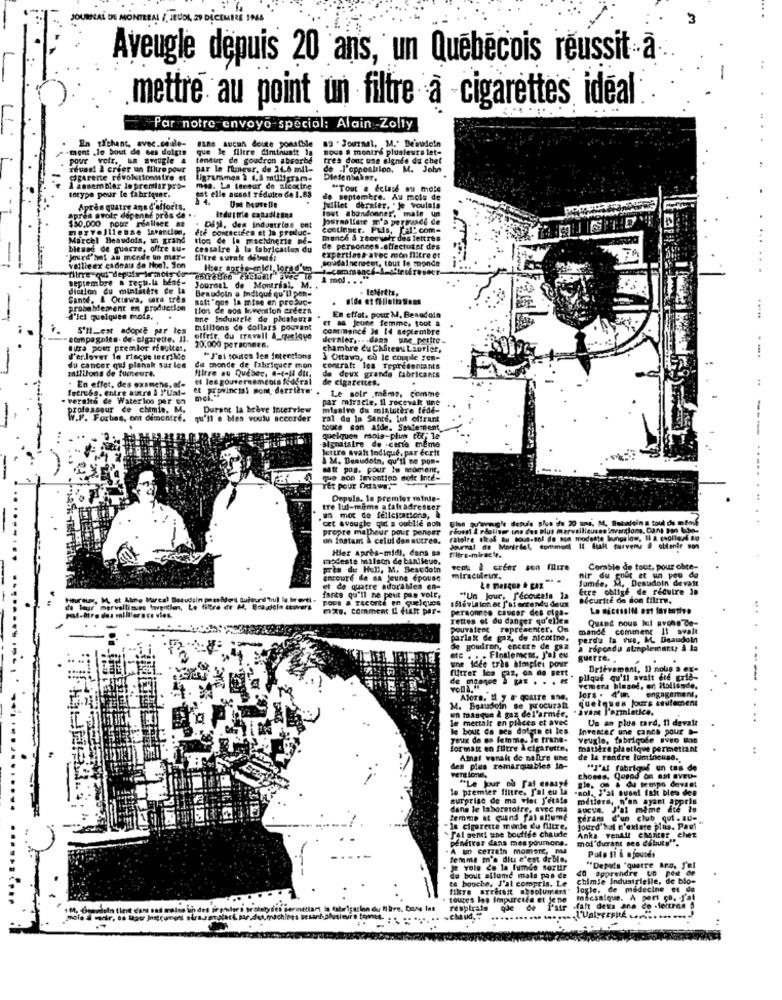
URNAL DE MONTREAL /, JEUDI, 29 DICEMBRE 1944
3
Aveugle depuis 20 ans, un Québécois reussit à.
mettre au point un filtre a cigarettes ideal
...
Par notre envoye special: Alain -Zolly
En tichant, avec.coule- sans aucun doute sonstble 89 . Journal, M.' Beirudein
.ment ,le bout de ses doigts que le filtre diminuatt In
nous & montre plusieurs let-
pour voir. un aveugle .
teneur de goudron absorbe
tres donc une elende da chet
réussi à erfer un filtre pour
par le fumeur, de 24.6 mil-
de l'opposlilon. M. John
BArette revolutionnaire et
Diefenbaker,
1 assembler lo premiar pro-
sst elle aussi Tedulto de 1.88
mia. La teneur de nicotine
"Tout . felace ou mote
totype pour le fabriquer.
de septembre. Au mois de
Après quatre ans d'efforts.
Une nouvelle
lost abandonner', mais un
juillet dernier, . je voulais
Apres avoir depente pros de . .
$30.000 pour réaliser ae
Journaliste m's persuadé de
dre contactées et la produc-
Dis, des industrios ont
ccotinger. Puis, Pal. com-
Marcel Beaudoin, in grand
tipo de la machinerie pe-
menos & recevoir des lettres
bleses de guerre, offre au-
cessaire à la fabrication du
de personnes.effectuant des
expertises avec mon filtre et
FA
"Jourd'het au mende un mar-
Soudainenaeet, tout le monde
vollleex cadeau de Noel. Son
Hier sorts-miet, lorsd'un
septembre a reçu.la beaf-
1 mol . . .
diction du ministère de La
Journal de Montreal, M. .
Beaudoin a Indiqué qu'il pan-
Cante, & Ottawa, sera tres
saft "que la mise en produc-
probablement en production
tion de sos Invention ordera
d'les quelques mois.
.
bne Industrie de phialeurs
et an Jeune femme, tout a
En effet, pour M, Beaudoin
....
S'tt_ext adopte par les
millions de dollars pouvant
commence Je 14 septembre
20.000 personnes.
offrir du travail &_quelque
dernier ,.. . dann tine_petite-
aura pour premlor résultat.
chambre du Chteau Laurier,
d'erlover le risque terrible
"J'ai toutes les Intentions
3 Ottawa, cu le couple "en-
du cancer qui plenak sur les
millions de tumeurt.
dit monde de fabriquer mon
Itlere au Québec, a-t-il dit,
contratt les représentants
et les gouvernements fédéral
de cigarettes,
de deux grande fabricants
. En effet, des examens, of-
fremuths. entre autre À I'Ual-
et provincial somt derrière'
Le solr .même, comme
. versits de Waterlos par en
moi."
par miracle, Il rocevalt une
professeur de chimie. M.
Durant la brave Interview
missive du ministère tede-
W.F. Forbes, ont demontre.
qu'il . bien voulu accorder
ral de la Santé. lut offrant
tocke san afde. Seulement
quelques mois-plum tut; le
signataire de cerie même
lettre svalt Indiqué, par écrit
A M. Beaudoin, qu'il ne pon-
satt pos, pour le moment,
..... .
TEt pour Odaws."
Depuls, le premier minis-
tre lui-même a fal adresser
in mot de felicitations, À
cet aveugle qid a oublie son
Glan qu'aveugle depuis plus de 20 ans. M. Butwein a toul de mim6
propre malheur pour penser
reven I réaliser une des plus merveilleuses loventions, Dans son the-
un Instant & celui den autres.
ratoire sieaf au sous-sol de som modeste bungalow, Il & geolig;4 8g
Hier après-midi, dans sa
Journal de Morirdal, cortimort It fakt parvenu # obtenir son
filtre-miracle,
modeste malson de banileus.
près de Hull, M. Beaudoin
venu I creer son filtre
Comble de tout, pour obte-
encours de sa jeune epouse
miraculeux.
fumée, M. Destadoin devall
du gout et un peu de
et de quatre adoraMes en-
Etre obligé de réduire le
Hturtun, M, et Alme Marcel Besudsin pausafors Buteuril Trul la brevti -
FORs a zacorte en quelques
fares qu'il ne peut pas volt,
ESlévisionet J'ai entendu deux
"Un Jour, ['ecceals la
Securite do son tiline.
de leur mervallitues haventien, Le filtre de M. Boasdela scwvers
pat-htro des milliersce vies.
mx8. Comment I fiant par-
personneo cancer des cipa-
La Bicesalle est fartotive
rettes et du danger qu'ellen
Quand nous kil BYone Ce-
pouralene representer. On
mande comment Il svalt
parlait de gaz, de nicotine.
perdu la vue. M. Deaudolf
etc
de goudron, encere de gaz
a répondu atmplemente à la
une Idée tras himplei pour
guerre. .
furrer les gaz, on de pert.
Brièvement, D) nous a ex-
de manque } Et . . . «
plique qu'il avait ere grid-
--
remera biased, er Hollande,
Alors. IL y a qoutre ane,
Bors . 4'u
quelques jours seulement
un manque 2 gaz del'armée,
M. Beaudoin se procuraft
- avant l'armistice.
le mettalt en placea et avec
Un an plus tard, il devait
...
le bouc de ses doigts et les
Invester une canne pour -
yeux de ma femme. Je trans-
veugle, fabricote #Vso 63s
formai en filtre àcigarette,
matière plastique permettant
+4
Afnal vorak de naltre une
de la rendre lumineuse.
des plus remarquables in-
"J'al fabriqué un tas de
ventione,
"Le jour où Fal essayé
choses. Qogod om ast aveu-
le premier filtre, J'ai eu la
Ble, on a du temps devant
-sol. J'ai susel fait bles des
surprise de ma viet j'étais
métiers, n'en ayant appris
dans le laboratoire, avec ma
aucun. J'ai même été te
femme et quand fal allume
geram d'un club qui . BU-
-la cigarette milde du futre.
- Fal senti une bouffée chaude
Jourd' hal 'dklare plus. Pay' "
pénétrer dans mes poumona.
Anka venait enonter chez
mol'dirant ses débuts".
A un certain momsme, maa
Polo II i ajoutés
femme m'a dit c'est de blo.
vole Ce la fumée sorur
40 apprendre Un peu de
"Depuis "quatre ans, J'ai
de bout allume mais pas de
ta bouche, J'ai compris. Le
chimie Industrielle, de blo-
filtre arrêtait afootumer!"
logle, de médecine et de
toutes les Impureste et je ne
mécanique. A part ça, J'ai
du filtre, Dase let
respirals
que de l'air
faft detta ane Co .foinne D